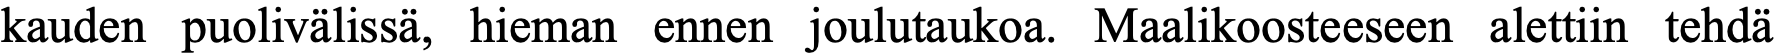
kauden puolivälissä, hieman ennen joulutaukoa. Maalikoosteeseen alettiin tehdä